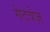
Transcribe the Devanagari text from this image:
गेटवेज़